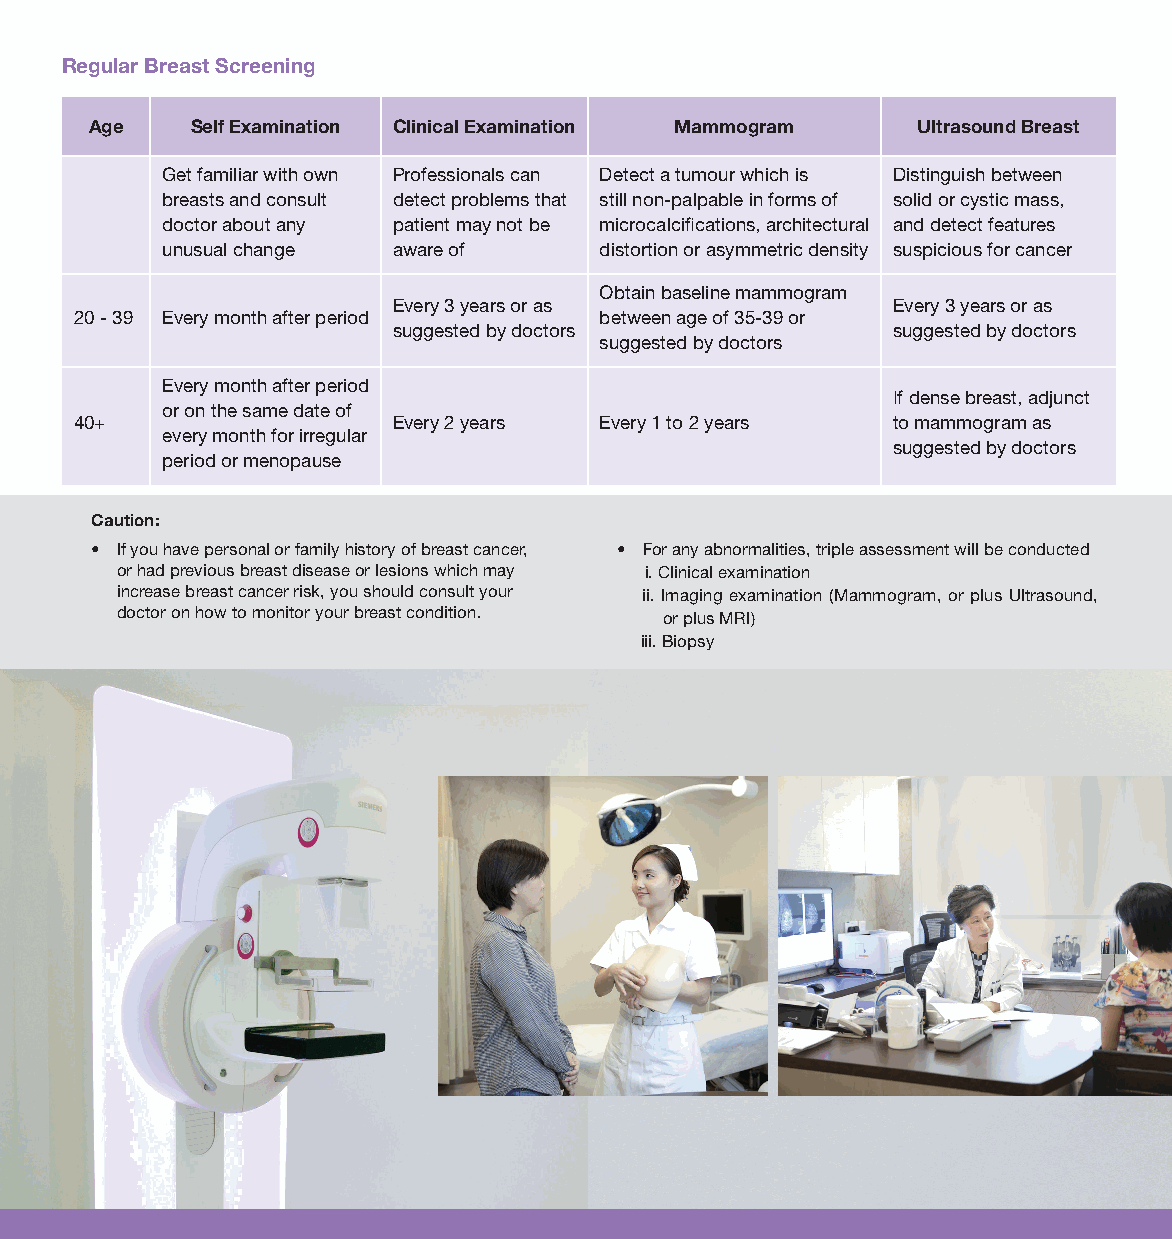
Regular Breast Screening
 Age    Self Examination Clinical Examination Mammogram Ultrasound Breast
 Get familiar with own Professionals can Detect a tumour which is Distinguish between
 breasts and consult detect problems that still non-palpable in forms of solid or cystic mass,
 doctor about any patient may not be microcalcifications, architectural and detect features
 unusual change aware of      distortion or asymmetric density suspicious for cancer
 Obtain baseline mammogram
 Every 3 years or as              Every 3 years or as
 20 - 39 Every month after period   between age of 35-39 or
 suggested by doctors             suggested by doctors
 suggested by doctors
 Every month after period
 If dense breast, adjunct
 or on the same date of
 40+                  Every 2 years Every 1 to 2 years to mammogram as
 every month for irregular
 suggested by doctors
 period or menopause
 Caution:
 • If you have personal or family history of breast cancer, • For any abnormalities, triple assessment will be conducted
 or had previous breast disease or lesions which may i. Clinical examination
 increase breast cancer risk, you should consult your ii. Imaging examination (Mammogram, or plus Ultrasound,
 doctor on how to monitor your breast condition. or plus MRI)
 iii. Biopsy